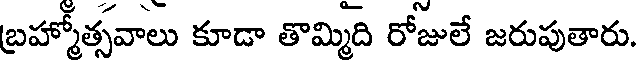
బ్రహ్మోత్సవాలు కూడా తొమ్మిది రోజులే జరుపుతారు.